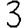
Digit: 3